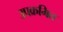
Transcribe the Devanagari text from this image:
उपक्रमित